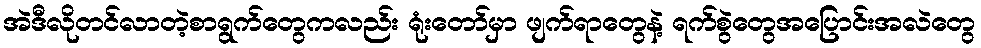
အဲဒီလိုတင်လာတဲ့စာရွက်တွေကလည်း ရုံးတော်မှာ ဖျက်ရာတွေနဲ့ ရက်စွဲတွေအပြောင်းအလဲတွေ